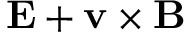
\mathbf { E } + \mathbf { v } \times \mathbf { B }